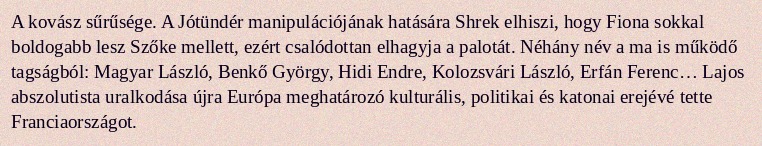
A kovász sűrűsége. A Jótündér manipulációjának hatására Shrek elhiszi, hogy Fiona sokkal boldogabb lesz Szőke mellett, ezért csalódottan elhagyja a palotát. Néhány név a ma is működő tagságból: Magyar László, Benkő György, Hidi Endre, Kolozsvári László, Erfán Ferenc… Lajos abszolutista uralkodása újra Európa meghatározó kulturális, politikai és katonai erejévé tette Franciaországot.